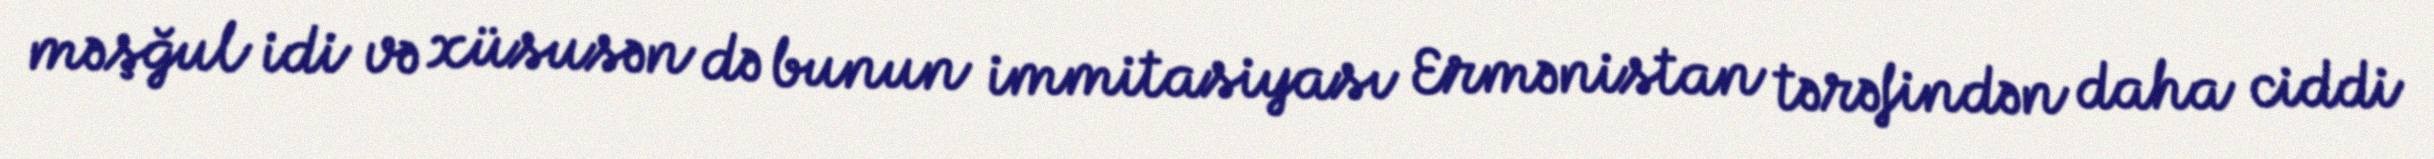
məşğul idi və xüsusən də bunun immitasiyası Ermənistan tərəfindən daha ciddi